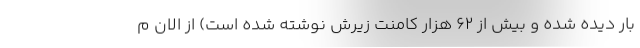
بار دیده شده و بیش از 62 هزار کامنت زیرش نوشته شده است) از الان م